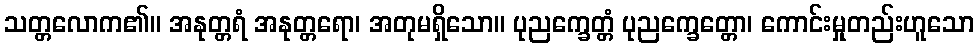
သတ္တလောက၏။ အနုတ္တရံ အနုတ္တရော၊ အတုမရှိသော။ ပုညက္ခေတ္တံ ပုညက္ခေတ္တော၊ ကောင်းမှုတည်းဟူသော